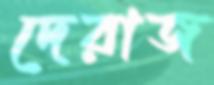
দেরাজ